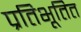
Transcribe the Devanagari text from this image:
प्रतिभूतित